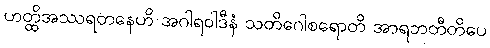
ဟတ္ထိအဿရတနေဟိ အဂါရဝါဒီနံ သတိဂေါစရောတိ အာရဘတီတိပေ